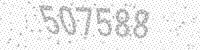
Solution: 507588